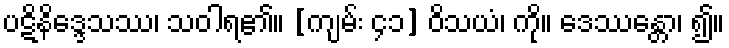
ပဋိနိဒ္ဒေသဿ၊ သဝါရ၏။ [ကျမ်း ၄၁] ဝိသယံ၊ ကို။ ဒေဿန္တော၊ ၍။